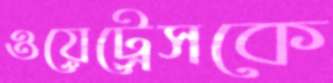
ওয়েট্রেসকে